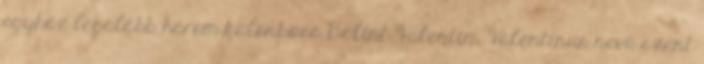
egyház legalább három különböző Bálint Valentin, Valentinus nevű szent